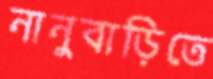
নানুবাড়িতে